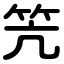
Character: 笐